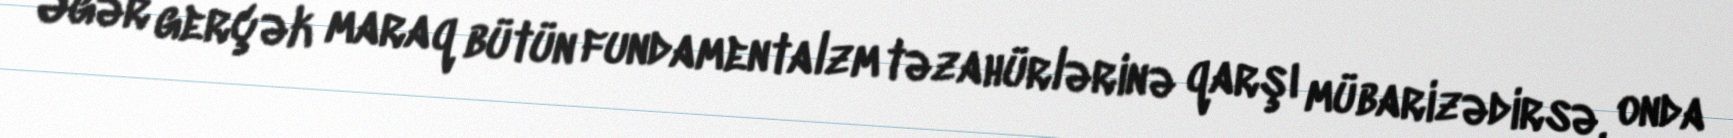
Əgər gerçək maraq bütün fundamentalzm təzahürlərinə qarşı mübarizədirsə, onda